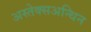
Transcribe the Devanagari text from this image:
अस्तेक्सअन्थिन